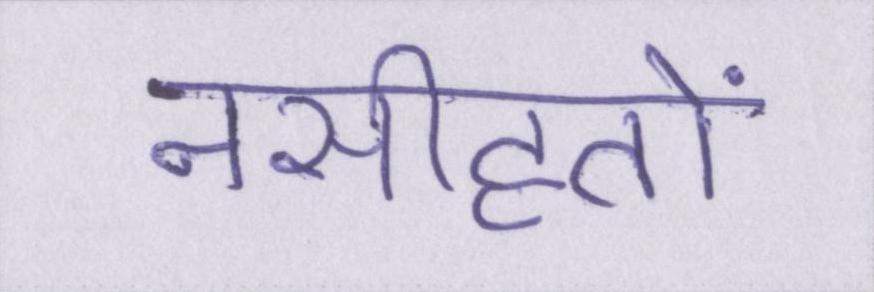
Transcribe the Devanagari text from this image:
नसीहतों